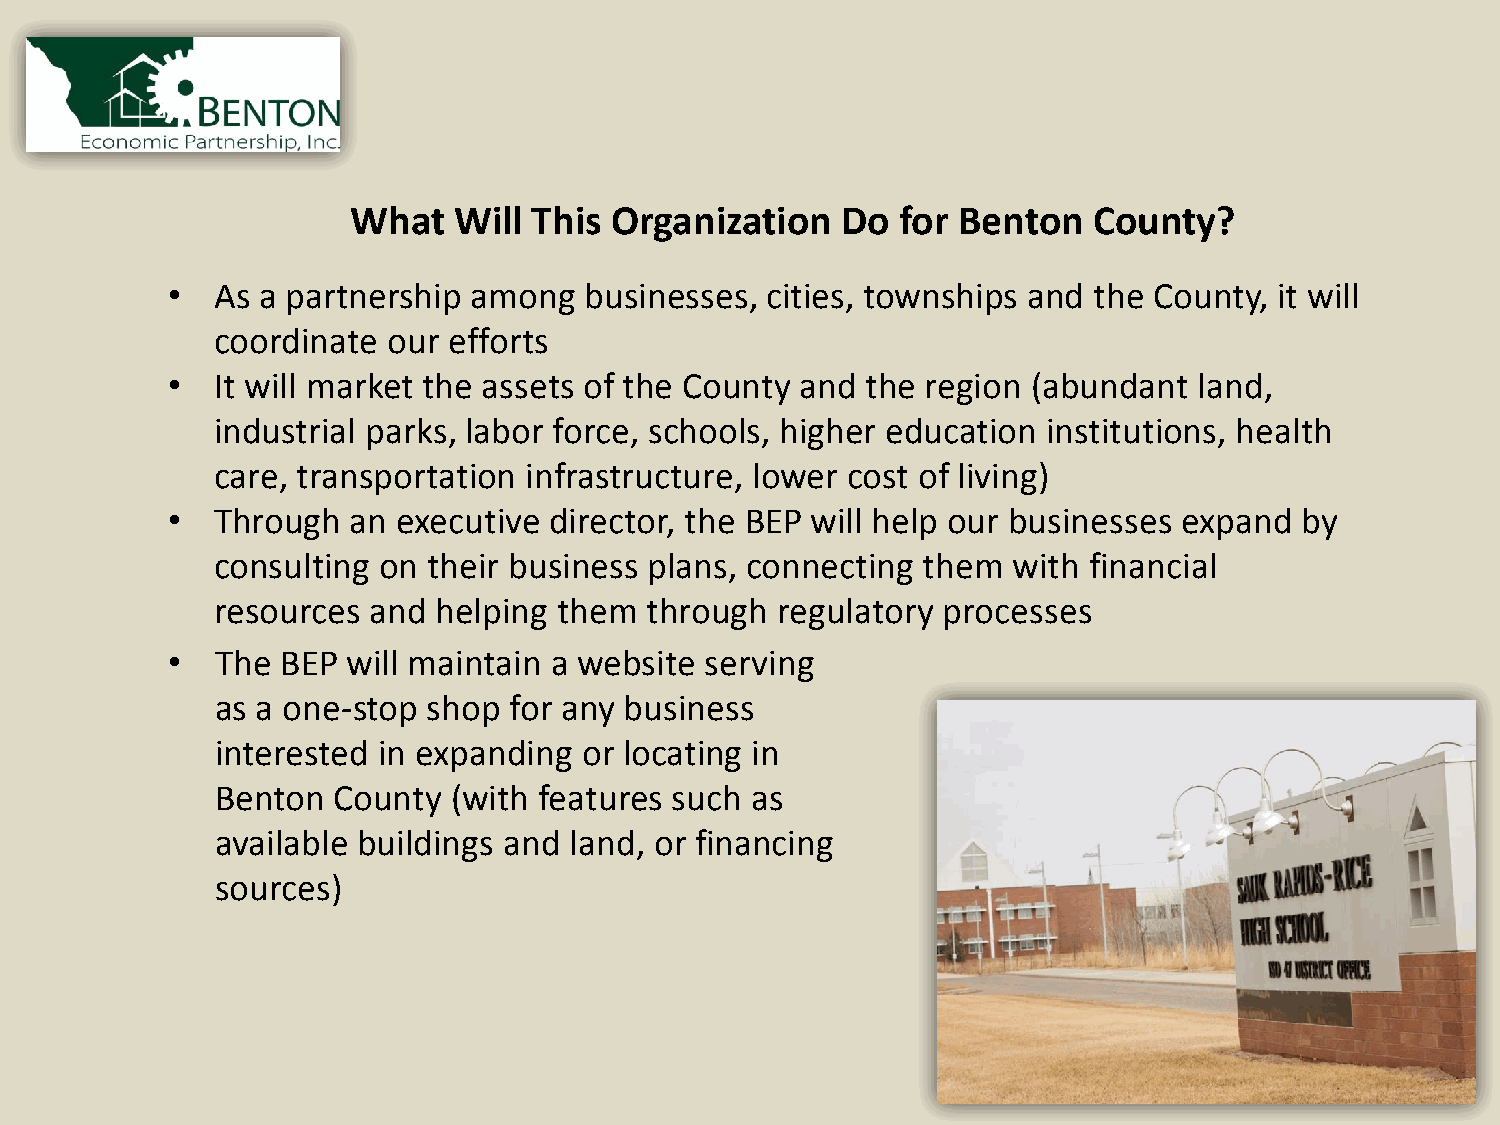
What   Will This Organization    Do  for Benton  County?
 •  As a partnership among   businesses, cities, townships and the County, it will
 coordinate  our efforts
 •  It will market the assets of the County and the region (abundant land,
 industrial parks, labor force, schools, higher education institutions, health
 care, transportation infrastructure, lower cost of living)
 •  Through  an executive director, the BEP will help our businesses expand by
 consulting on their business plans, connecting them  with financial
 resources  and helping them  through regulatory processes
 •  The  BEP will maintain a website serving
 as a one-stop shop  for any business
 interested in expanding  or locating in
 Benton  County  (with features such as
 available buildings and land, or financing
 sources)